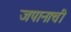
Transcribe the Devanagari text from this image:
जपानाची